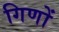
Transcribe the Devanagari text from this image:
गिणों